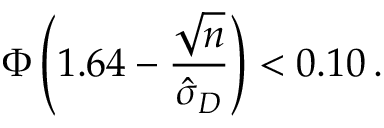
\Phi \left( 1 . 6 4 - { \frac { \sqrt { n } } { { \hat { \sigma } } _ { D } } } \right) < 0 . 1 0 \, .